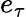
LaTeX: e_{\tau}